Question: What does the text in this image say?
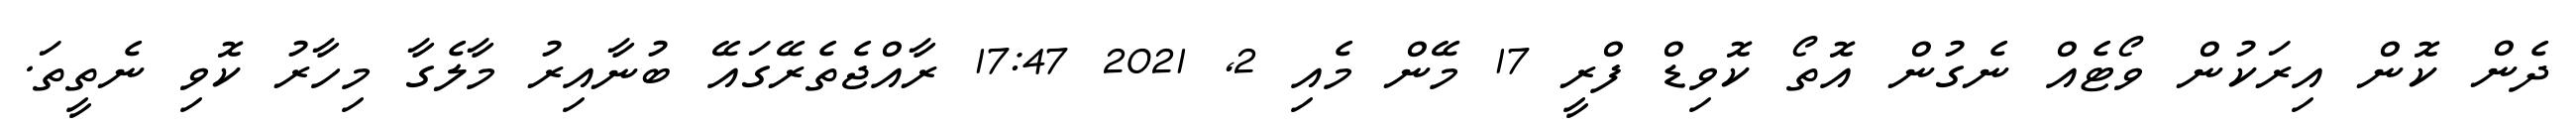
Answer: ދެން ކޮން އިރަކުން ވޯޓެއް ނެގުން އޮތޯ ކޮވިޑް ފްރީ 17 މޭން މެއި 2, 2021 17:47 ރާއްޖެތެރޭގައޭ ބުނާއިރު މާލެގާ މިހާރު ކޮވި ނެތީތަ.